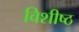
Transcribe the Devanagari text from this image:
विशीष्ठ